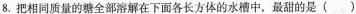
8.把相同质量的糖全部溶解在下面各长方体的水槽中，最甜的是()。